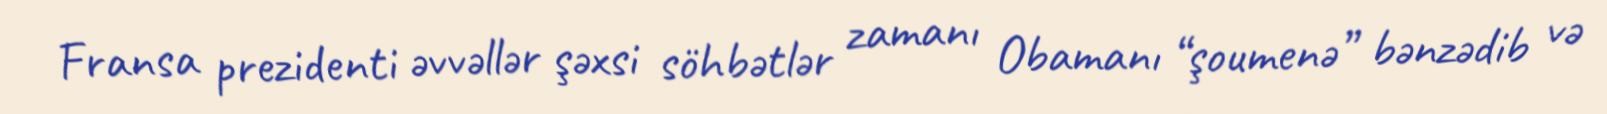
Fransa prezidenti əvvəllər şəxsi söhbətlər zamanı Obamanı “şoumenə” bənzədib və